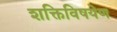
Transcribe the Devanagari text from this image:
शक्तिविषयेण